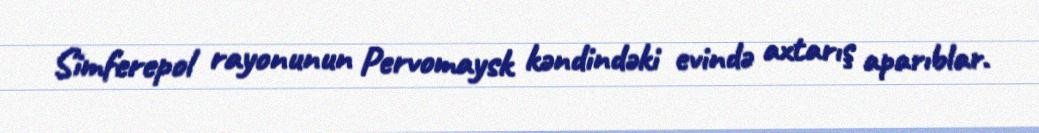
Simferepol rayonunun Pervomaysk kəndindəki evində axtarış aparıblar.